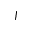
J